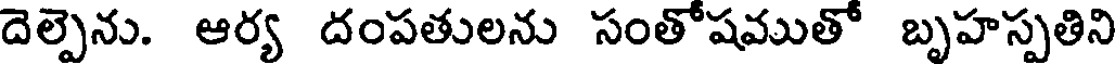
దెల్పెను. ఆర్య దంపతులను సంతోషముతో బృహస్పతిని